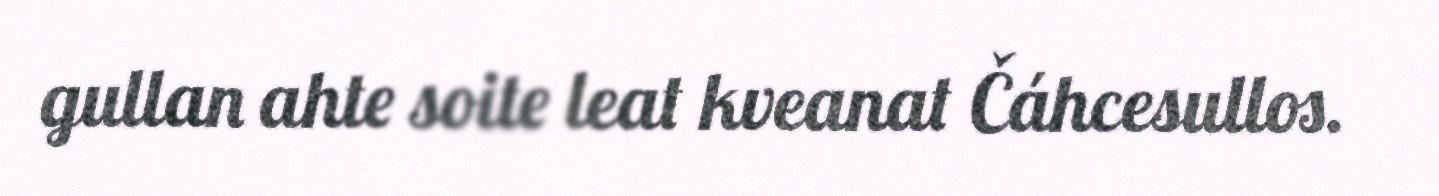
gullan ahte soite leat kveanat Čáhcesullos.